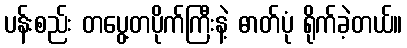
ပန်းစည်း တပွေ့တပိုက်ကြီးနဲ့ ဓာတ်ပုံ ရိုက်ခဲ့တယ်။